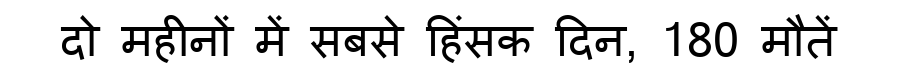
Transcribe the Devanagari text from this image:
दो महीनों में सबसे हिंसक दिन, 180 मौतें